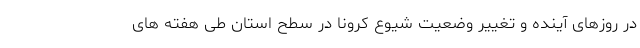
در روزهای آینده و تغییر وضعیت شیوع کرونا در سطح استان طی هفته های